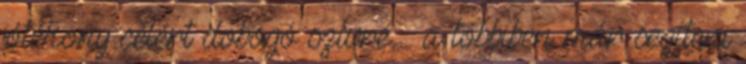
jótékony célért dobogó szívre – a többiben már segíteni